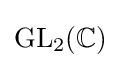
\operatorname {GL} _{2}(\mathbb {C} )